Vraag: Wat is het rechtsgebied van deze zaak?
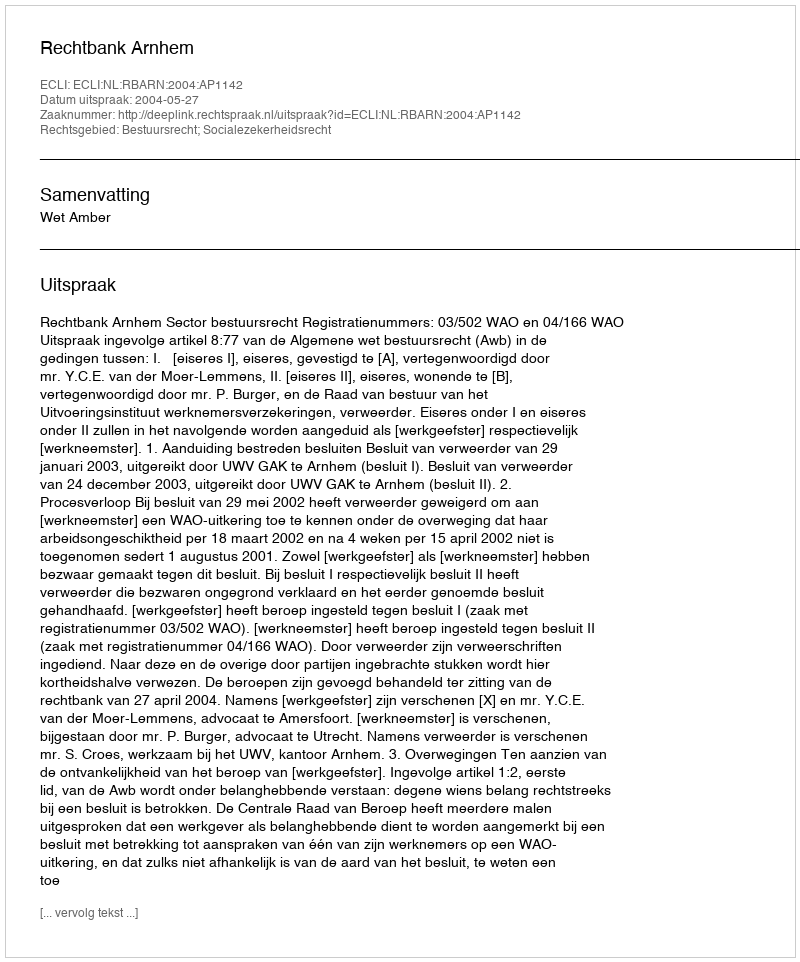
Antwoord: Bestuursrecht; Socialezekerheidsrecht